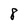
Character: 8